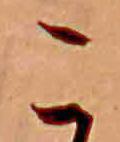
こ